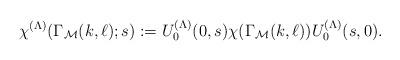
LaTeX: \begin{align*}\chi^{(\Lambda)}(\Gamma_\mathcal{M}(k,\ell);s):=U_0^{(\Lambda)}(0,s)\chi(\Gamma_\mathcal{M}(k,\ell))U_0^{(\Lambda)}(s,0).\end{align*}